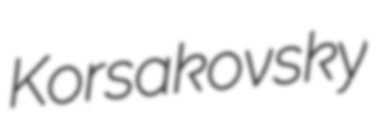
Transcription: Korsakovsky